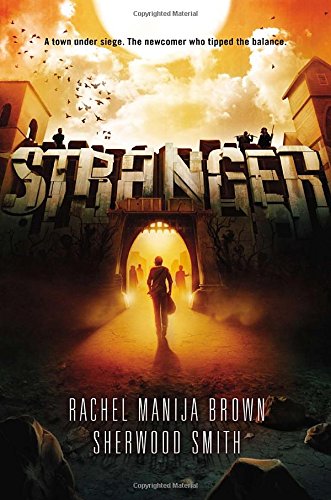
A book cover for Stranger; Sherwood Smith; Teen & Young Adult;